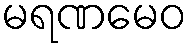
မရဏမေဝ